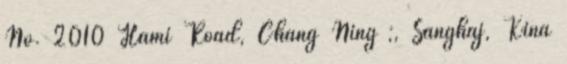
No. 2010 Hami Road, Chang Ning ;, Sanghaj, Kína